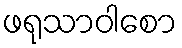
ဖရုသာဝါစော